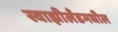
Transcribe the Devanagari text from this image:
स्वाझीलँडमधील